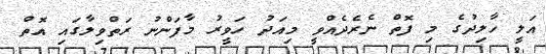
އަލީ ހާލިދުގެ މި ފޮތް ނެރެދެއްވީ މިއަދު ހަވީރު މާފަންނު ރަތްވިލާގައި އޮތް